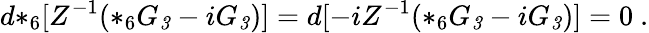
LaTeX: d{*_{6}}[Z^{-1}(*_{6}G_{\mathit 3}-iG_{\mathit 3})]=d[-iZ^{-1}(*_{6}G_{\mathit 3}-iG_{\mathit 3})]=0\ .